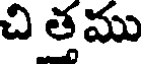
చి త్తము